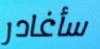
سأغادر